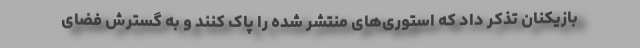
بازیکنان تذکر داد که استوری‌های منتشر شده را پاک کنند و به گسترش فضای